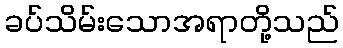
ခပ်သိမ်းသောအရာတို့သည်